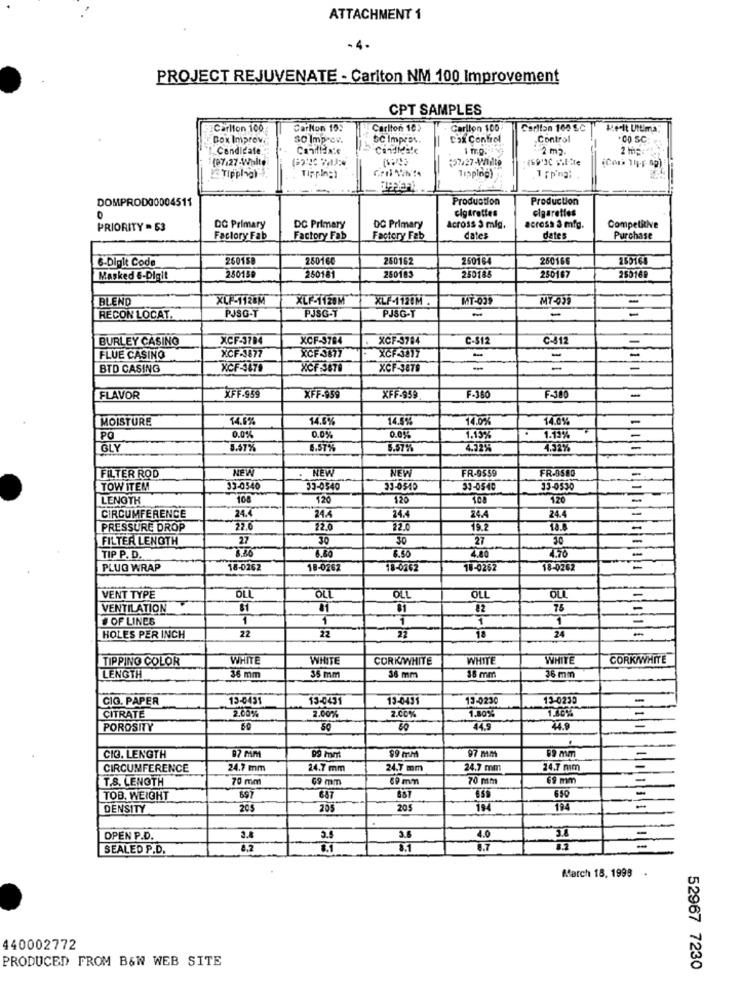
ATTACHMENT 1
PROJECT REJUVENATE - Carlton NM 100 Improvement
CPT SAMPLES
Carlton 100
Carlton 19:
Carlton 10
Carlton 100
Carlton 100 EC
Le-lt Ultima
Dok Improv.
30 Improv.
SC Improv.
Dax Control
Control
.CO SC:
Candidate
CandHate
Candiesle
-2 m2.
(97.27-Walte
(37/27-Mailto
Tipping)
Tipping
Tipping)
DOMPROD00004511
Production
Production
cigarettes
cigarettes
0
PRIORITY = 53
DC Primary
DC Primary
DC Primary
Across 3 mig.
cross 3 mfg.
Competitive
Factory Fab
Factory Fab
Factory Fab
dates
dates
Purchase
26015
250160
260162
250164
260166
6-Digit Code
Masked 6-Digit
250150
250181
280183
250185
250167
25016₽
BLEND
XLF-1128M
XLF-1120M
XLF-1120M .
MT-039
MT-095
PJSC-T
RECON LOCAT.
PJSG-T
PJSG-T
-
BURLEY CASINO
XCF-3784
XCF-3784
XCF-3784
C-512
C-412
XCF-177
-
FLUE CASINO
XCF 3677
XCF-3817
-
BTD CASING
XCF-3679
XCF-3070
XCF-3879
-
FLAVOR
XFF.959
XFF-959
XFF-959
F-380
F-300
-
MOISTURE
14.6%
14.0%
14.5%
14.07
14.0%
-
0.0%
PO
0.0%
0.0%%
1.137
1.13%
GLY
3.57%
6.57%
5.57%%
4.32%
4.32%
NEW
FR-0880
FILTER ROD
NEW
NEW
FR-9559
TOW ITEM
33-0540
33-0540
33-0540
33-0540
33-0530
LENGTH
108
120
120
108
120
24.4
CIRCUMFERENCE
24.4
24.4
24.4
24.4
PRESSURE DROP
22.0
22.0
22.0
19.2
18.8
-
FILTER LENGTH
27
30
30
27
30
6.80
6.50
4.40
TIP P. D.
PLUG WRAP
18-0262
18-0262
18-0262
18-0262
18-0262
=
VENT TYPE
ÖLL
OLL
OLL
ouL
VENTILATION
81
01
81
82
75
# OF LINES
1
1
24
HOLES PER INCH
22
22
22
18
TIPPING COLOR
WHITE
WHITE
CORK/WHITE
WHITE
WHITE
CORK/WHITE
LENGTH
36 mm
35 mm
38 mm
38 mm
36 mm
CIO. PAPER
13-0431
13-0431
19-0431
13-0230
13-0230
CITRATE
2.00%
2.00%
2.00%
1.30%
POROSITY
50
44.9
44.9
.
97 Mm
19 mm
CIG. LENGTH
99 mm
CIRCUMFERENCE
24.7 mm
24.7 mm
24.7 mm
24.7 mm
14.7 mm
T.S. LENGTH
70 mm
Ç9 mm
60 mm
70 mm
69 mm
TOB. WEIGHT
897
687
687
650
DENSITY
205
205
205
194
194
=
4.0
OPEN P.D.
3.4
SEALED P.D.
0.2
March 18, 1993 .
440002772
PRODUCED FROM B&W WEB SITE
52967 7230